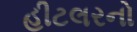
હીટલરનો